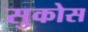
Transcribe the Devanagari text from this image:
सुकोस